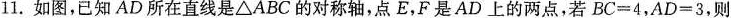
11。如图，已知AD所在直线是 △ABC的对称轴，点E，F是AD上的两点，若$$B C = 4$$，$$A D = 3$$，则___.